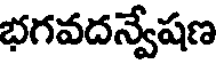
భగవదన్వేషణ